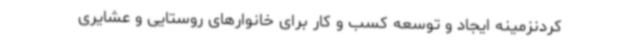
کردنزمینه ایجاد و توسعه کسب و کار برای خانوارهای روستایی و عشایری